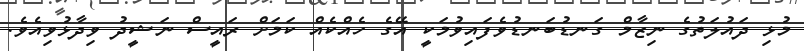
މުޅި ދައުލަތުގެ ނިޒާމް ގަނޑުބަނޑުވެފައިވުމަކީ އޭގެ ހެއްކެއް ކަމަށް ރައީސް ނަޝީދު ވިދާޅުވިއެވެ.